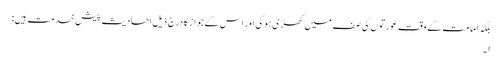
بلکہ امامت کے وقت عورتوں کی صف میں کھڑی ہو گی اور اس کے جواز کا درج ذیل احادیث پیش خدمت ہیں:
۱۔